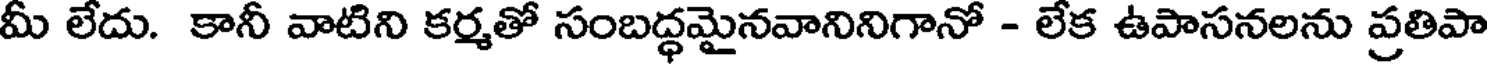
మీ లేదు. కానీ వాటిని కర్మతో సంబద్ధమైనవానినిగానో - లేక ఉపాసనలను ప్రతిపా